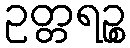
ဥတ္တရဉ္စ